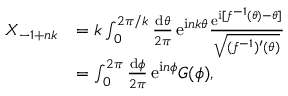
\begin{array} { r l } { X _ { - 1 + n k } } & { = k \int _ { 0 } ^ { 2 \pi / k } \frac { \mathrm { d } \theta } { 2 \pi } \, \mathrm { e } ^ { \mathrm { i } n k \theta } \frac { \mathrm { e } ^ { \mathrm { i } [ f ^ { - 1 } ( \theta ) - \theta ] } } { \sqrt { ( f ^ { - 1 } ) ^ { \prime } ( \theta ) } } } \\ & { = \int _ { 0 } ^ { 2 \pi } \frac { \mathrm { d } \phi } { 2 \pi } \, \mathrm { e } ^ { \mathrm { i } n \phi } G ( \phi ) , } \end{array}